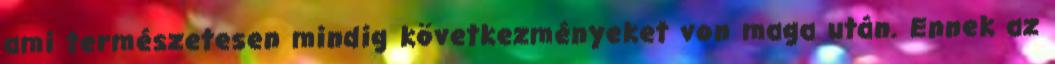
ami természetesen mindig következményeket von maga után. Ennek az